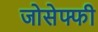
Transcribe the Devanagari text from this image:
जोसेफ्फी